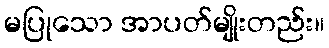
မပြုသော အာပတ်မျိုးတည်း။